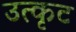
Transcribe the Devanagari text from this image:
उत्कृट